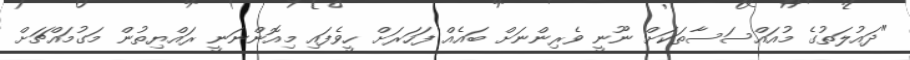
"ދައުލަތުގެ މުއައްސަސާތަކަށް ނޫނީ ވެރިންނަށް ބައެއް ފަހަރަށް ހީވެފައި މިއޮންނަނީ ރައްޔިތުން މަގުމައްޗަށް